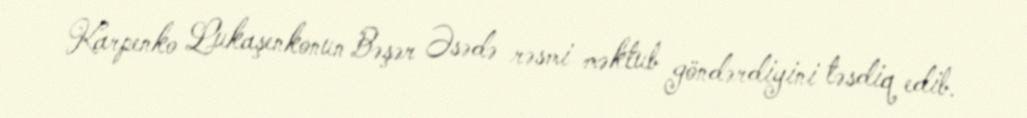
Karpenko Lukaşenkonun Bəşər Əsədə rəsmi məktub göndərdiyini təsdiq edib.